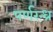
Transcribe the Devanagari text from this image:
पर्णरन्ध्र